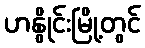
ဟနွိုင်းမြို့တွင်